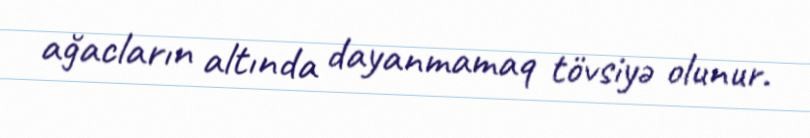
ağacların altında dayanmamaq tövsiyə olunur.